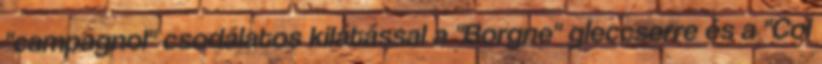
"campagnol" csodálatos kilátással a "Borgne" gleccserre és a "Col